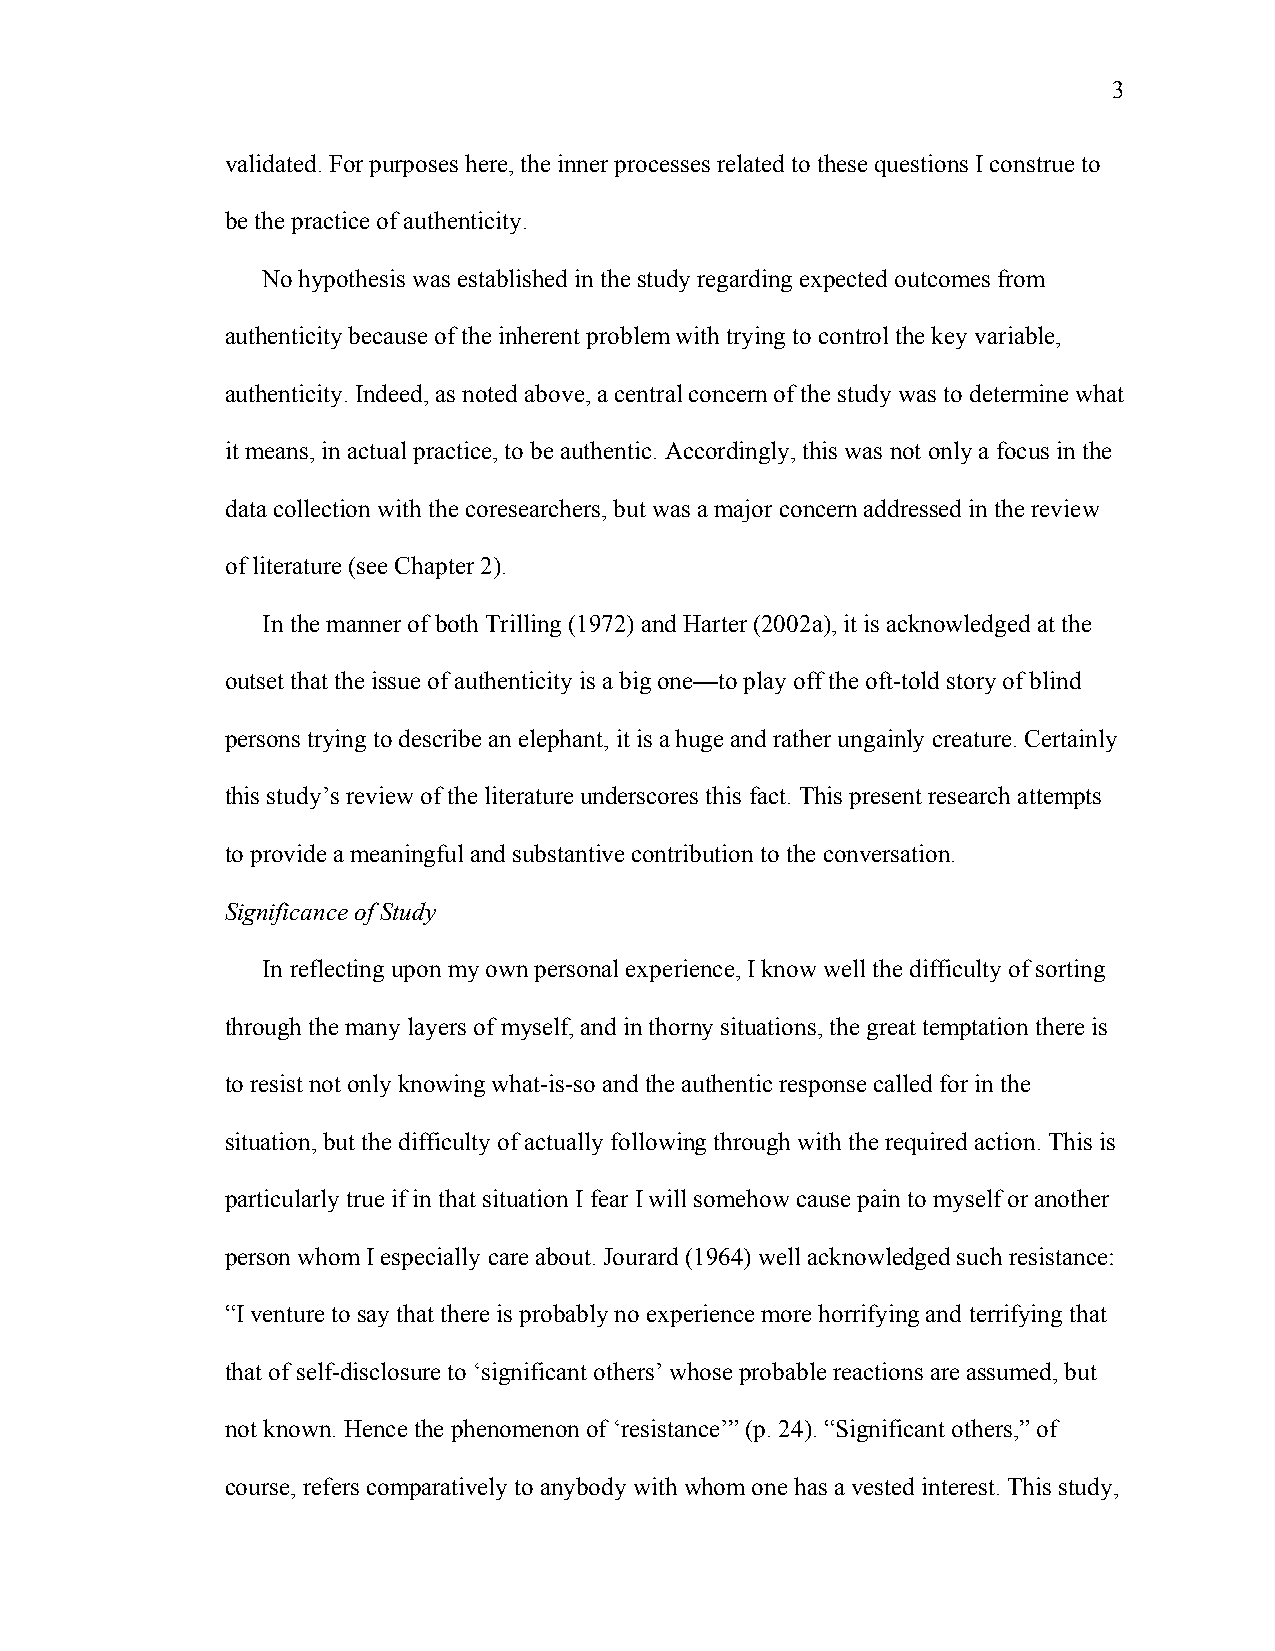
3
 validated. For purposes here, the inner processes related to these questions I construe to
 be the practice of authenticity.
 No hypothesis was established in the study regarding expected outcomes from
 authenticity because of the inherent problem with trying to control the key variable,
 authenticity. Indeed, as noted above, a central concern of the study was to determine what
 it means, in actual practice, to be authentic. Accordingly, this was not only a focus in the
 data collection with the coresearchers, but was a major concern addressed in the review
 of literature (see Chapter 2).
 In the manner of both Trilling (1972) and Harter (2002a), it is acknowledged at the
 outset that the issue of authenticity is a big one—to play off the oft-told story of blind
 persons trying to describe an elephant, it is a huge and rather ungainly creature. Certainly
 this study’s review of the literature underscores this fact. This present research attempts
 to provide a meaningful and substantive contribution to the conversation.
 Significance of Study
 In reflecting upon my own personal experience, I know well the difficulty of sorting
 through the many layers of myself, and in thorny situations, the great temptation there is
 to resist not only knowing what-is-so and the authentic response called for in the
 situation, but the difficulty of actually following through with the required action. This is
 particularly true if in that situation I fear I will somehow cause pain to myself or another
 person whom I especially care about. Jourard (1964) well acknowledged such resistance:
 “I venture to say that there is probably no experience more horrifying and terrifying that
 that of self-disclosure to ‘significant others’ whose probable reactions are assumed, but
 not known. Hence the phenomenon of ‘resistance’” (p. 24). “Significant others,” of
 course, refers comparatively to anybody with whom one has a vested interest. This study,